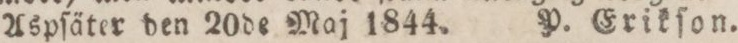
Aspſäter den 20de Maj 1844. P. Erikſon.